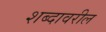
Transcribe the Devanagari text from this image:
शब्दावरील